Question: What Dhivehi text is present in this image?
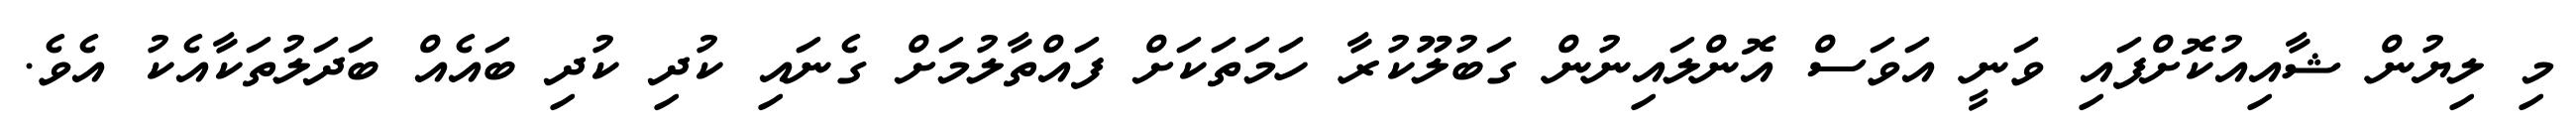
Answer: މި ލިޔުން ޝާއިއުކޮށްފައި ވަނީ އަވަސް އޮންލައިނުން ގަބުލޫކުރާ ހަމަތަކަށް ފައްތާލުމަށް ގެނައި ކުދި ކުދި ބައެއް ބަދަލުތަކާއެކު އެވެ.